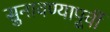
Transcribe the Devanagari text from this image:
सुनावण्यापूर्वी